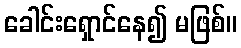
ခေါင်းရှောင်နေ၍ မဖြစ်။